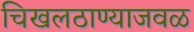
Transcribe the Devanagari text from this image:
चिखलठाण्याजवळ